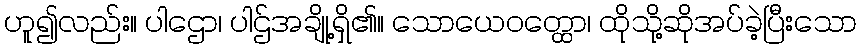
ဟူ၍လည်း။ ပါဌော၊ ပါဌ်အချို့ရှိ၏။ သောယေဝတ္ထော၊ ထိုသို့ဆိုအပ်ခဲ့ပြီးသော